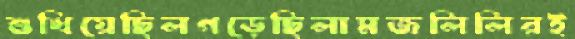
শুখিয়েছিলগড়েছিলামজলিলিরই